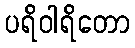
ပရိဝါရိတော